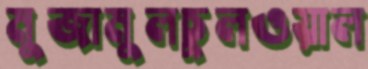
মুজামুলচুলওয়াল